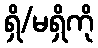
ရှိ/မရှိကို